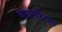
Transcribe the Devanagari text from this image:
वाघमारेंच्या